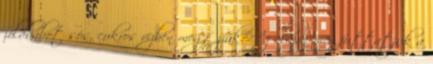
zöldbabot sós, cukros vízben megfőzzük. Az olajon megfuttatjuk a